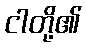
ငါတို့၏